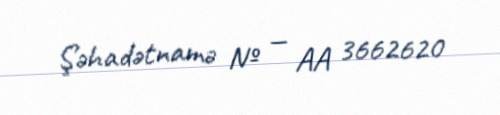
Şəhadətnamə № — AA 3662620